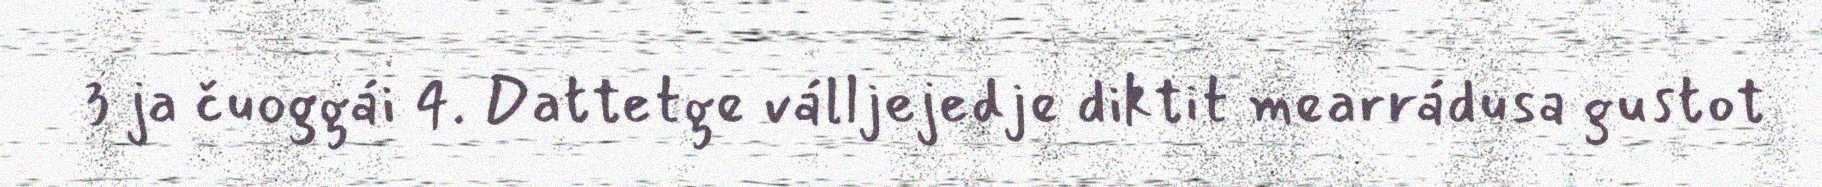
3 ja čuoggái 4. Dattetge válljejedje diktit mearrádusa gustot